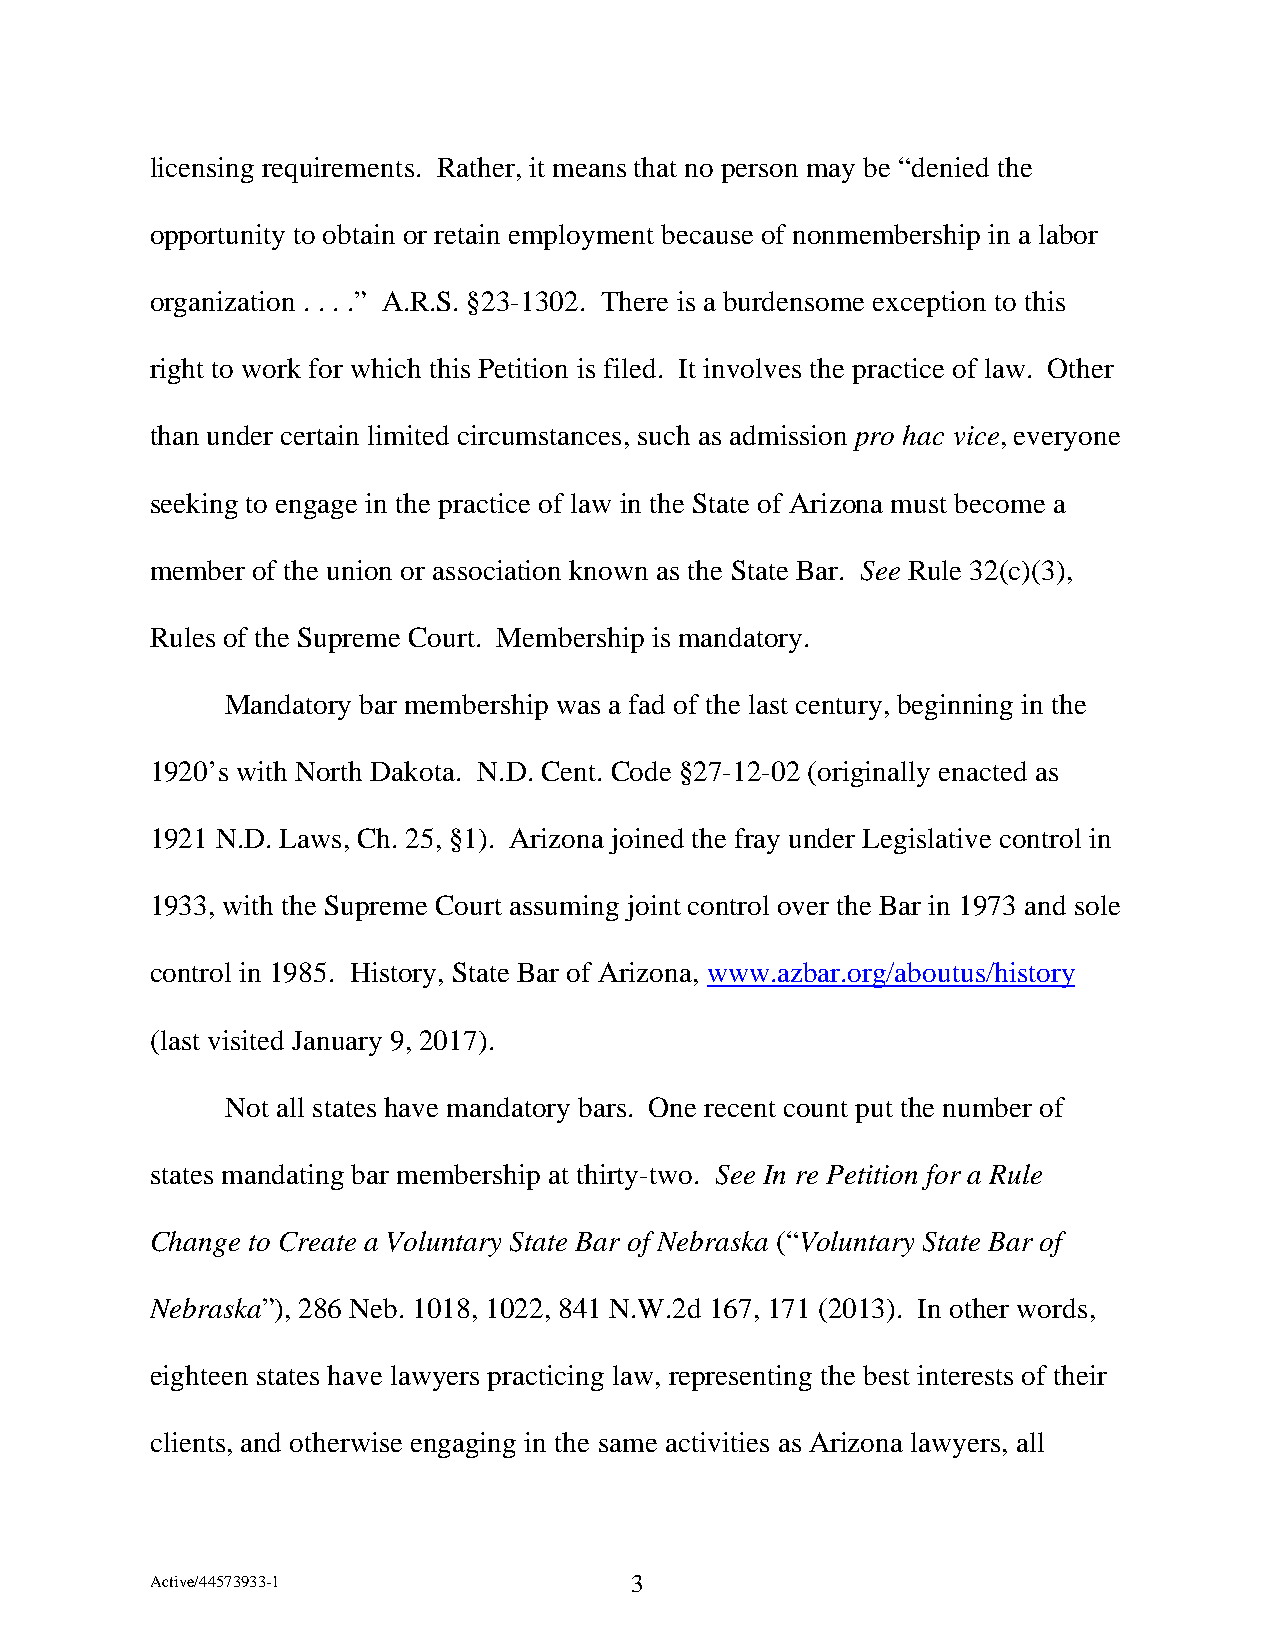
licensing requirements. Rather, it means that no person may be “denied the
 opportunity to obtain or retain employment because of nonmembership in a labor
 organization . . . .” A.R.S. §23-1302. There is a burdensome exception to this
 right to work for which this Petition is filed. It involves the practice of law. Other
 than under certain limited circumstances, such as admission pro hac vice, everyone
 seeking to engage in the practice of law in the State of Arizona must become a
 member of the union or association known as the State Bar. See Rule 32(c)(3),
 Rules of the Supreme Court. Membership is mandatory.
 Mandatory bar membership was a fad of the last century, beginning in the
 1920’s with North Dakota. N.D. Cent. Code §27-12-02 (originally enacted as
 1921 N.D. Laws, Ch. 25, §1). Arizona joined the fray under Legislative control in
 1933, with the Supreme Court assuming joint control over the Bar in 1973 and sole
 control in 1985. History, State Bar of Arizona, www.azbar.org/aboutus/history
 (last visited January 9, 2017).
 Not all states have mandatory bars. One recent count put the number of
 states mandating bar membership at thirty-two. See In re Petition for a Rule
 Change to Create a Voluntary State Bar of Nebraska (“Voluntary State Bar of
 Nebraska”), 286 Neb. 1018, 1022, 841 N.W.2d 167, 171 (2013). In other words,
 eighteen states have lawyers practicing law, representing the best interests of their
 clients, and otherwise engaging in the same activities as Arizona lawyers, all
 Active/44573933-1               3